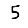
Digit: 5